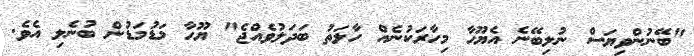
"ބޭނުންވިޔަސް ނުލިބޭނެ އެޔޫހާ މިހާރަކުނެއް ހާލަތު ބަދަލުވެއްޖެ" ޔޫހާ މަޑުމަޑުން ބުނެލި އެވެ.